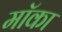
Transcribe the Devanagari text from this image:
मॉका